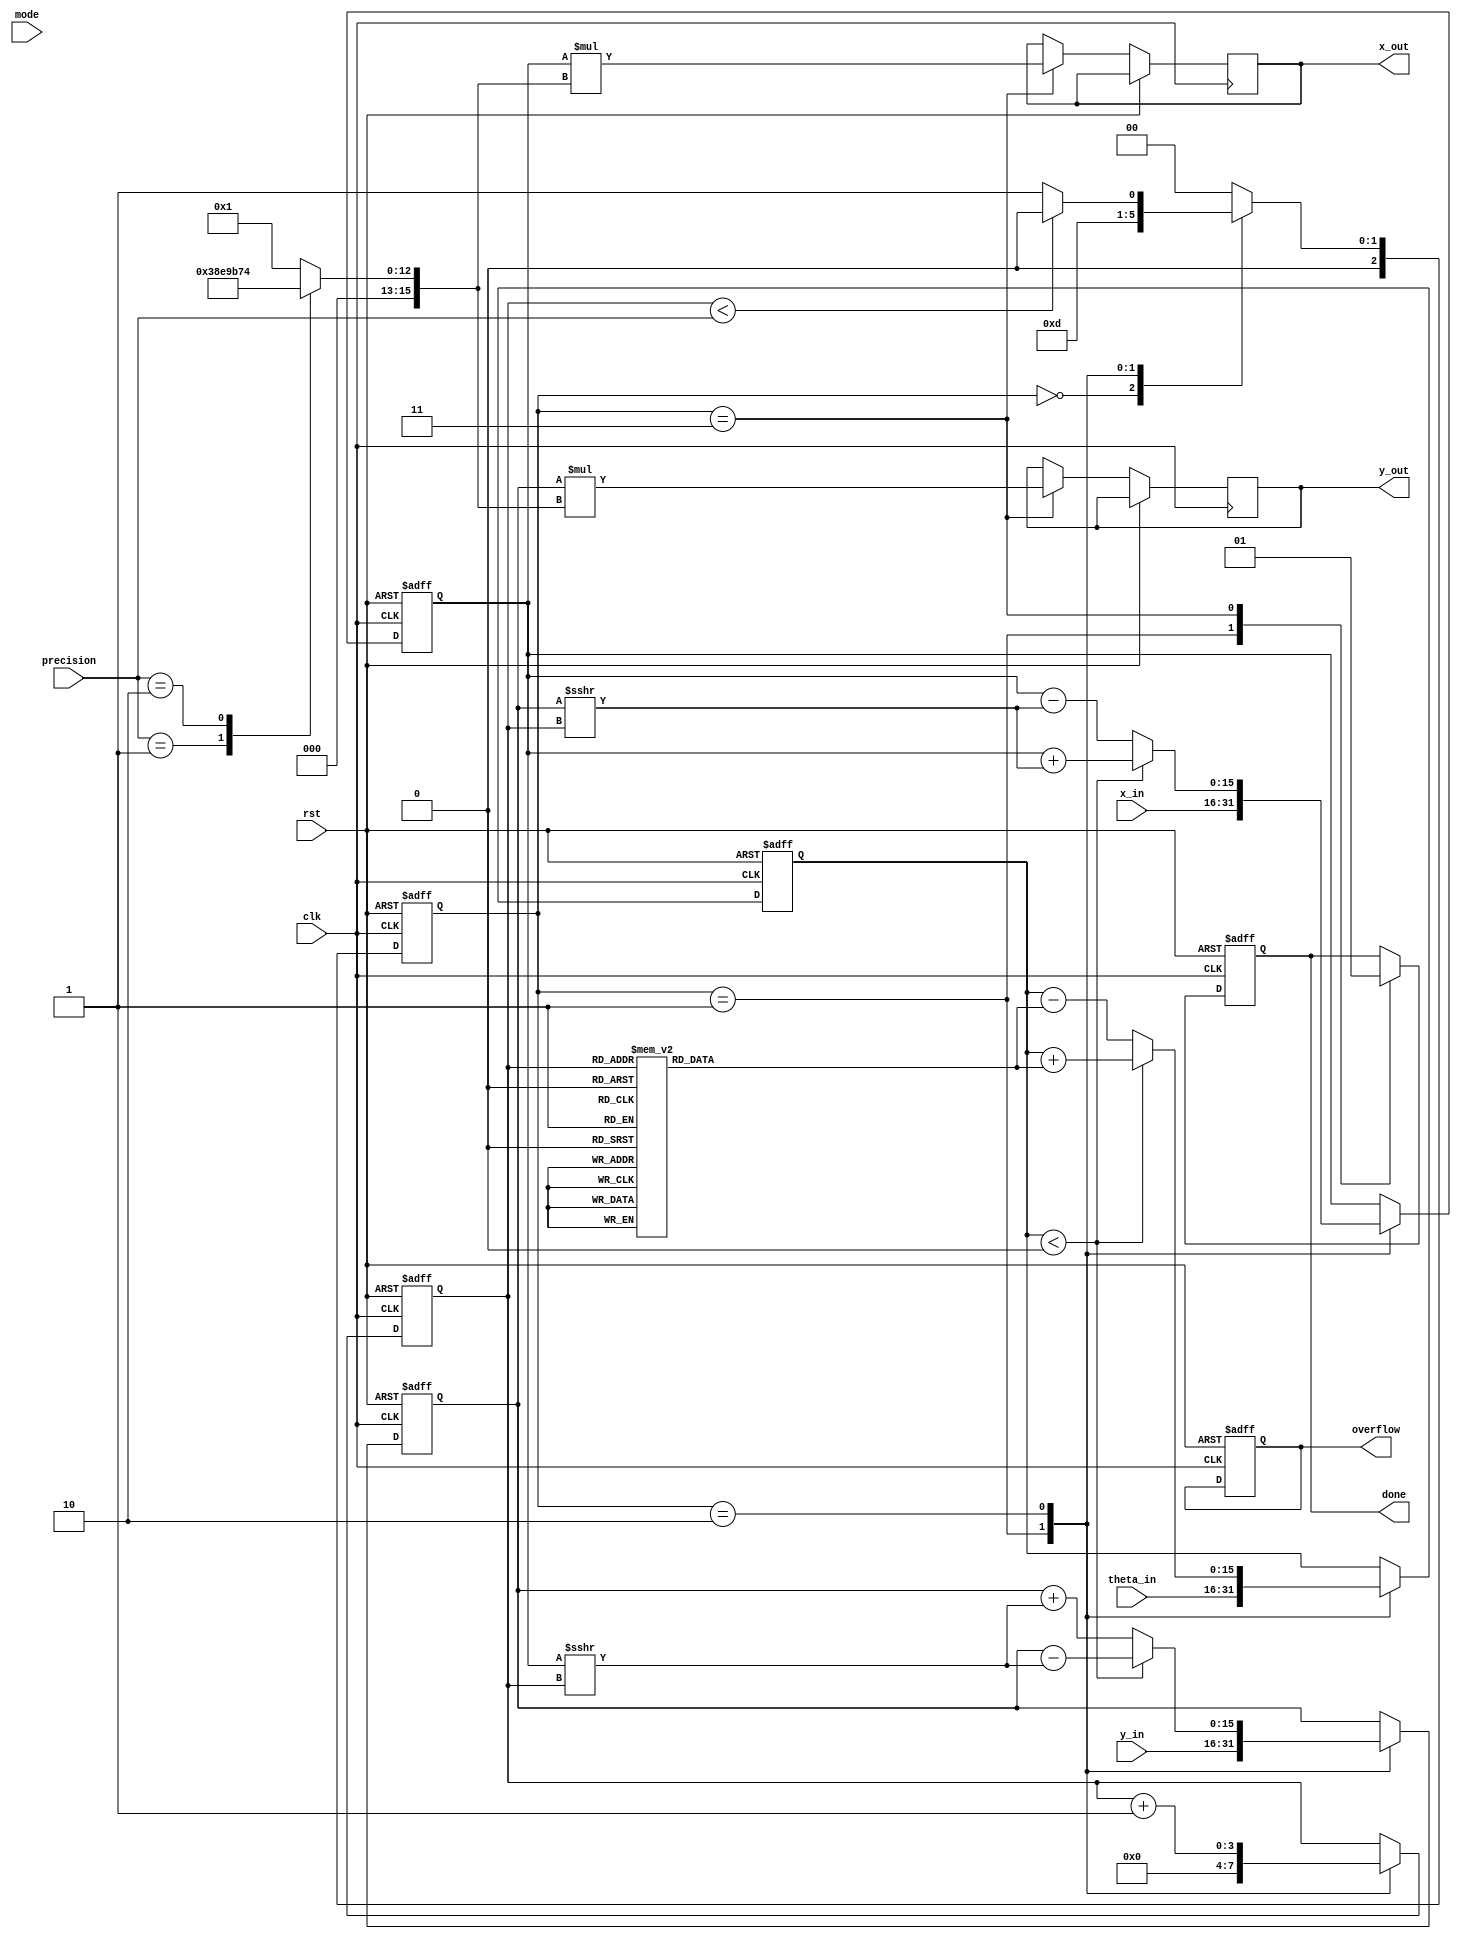
module adaptive_cordic #(
    parameter WIDTH = 16,           // Bit width for fixed-point representation
    parameter MAX_ITERATIONS = 16   // Maximum number of iterations
)(
    input wire clk,
    input wire rst,
    input wire [WIDTH-1:0] x_in,    // Input x coordinate
    input wire [WIDTH-1:0] y_in,    // Input y coordinate
    input wire [WIDTH-1:0] theta_in, // Input angle in radians
    input wire [3:0] mode,           // Mode control (e.g., sin, cos, tan, exp, log)
    input wire [3:0] precision,      // Precision control (number of iterations)
    output reg [WIDTH-1:0] x_out,    // Output x coordinate
    output reg [WIDTH-1:0] y_out,    // Output y coordinate
    output reg done,                 // Operation completion flag
    output reg overflow               // Overflow flag
);

    // Internal registers
    reg [WIDTH-1:0] x_reg, y_reg, theta_reg;
    reg [3:0] iteration_count;
    reg [WIDTH-1:0] angle_table [0:MAX_ITERATIONS-1]; // Predefined angle table
    reg [WIDTH-1:0] scaling_factor; // Scaling factor for output correction

    // CORDIC angle table initialization
    initial begin
        // Populate the angle table with arctan(1/2^i) values
        angle_table[0] = 16'h26DD; // atan(1) in fixed-point
        angle_table[1] = 16'h1C71; // atan(1/2) in fixed-point
        angle_table[2] = 16'h1387; // atan(1/4) in fixed-point
        // ... Fill in the rest of the values
    end

    // Scaling factor based on iterations (example values)
    always @(*) begin
        case (precision)
            4'd1: scaling_factor = 16'h1C74; // Scaling for 1 iteration
            4'd2: scaling_factor = 16'h1B74; // Scaling for 2 iterations
            // ... Add more cases as needed
            default: scaling_factor = 16'h1; // Default scaling
        endcase
    end

    // Control FSM
    reg [2:0] state, next_state;
    localparam IDLE = 3'b000, INIT = 3'b001, CORDIC_ITERATE = 3'b010, OUTPUT = 3'b011;

    // State transition logic
    always @(posedge clk or posedge rst) begin
        if (rst) begin
            state <= IDLE;
        end else begin
            state <= next_state;
        end
    end

    // Next state logic
    always @(*) begin
        case (state)
            IDLE: next_state = INIT;
            INIT: next_state = CORDIC_ITERATE;
            CORDIC_ITERATE: if (iteration_count < precision) next_state = CORDIC_ITERATE; else next_state = OUTPUT;
            OUTPUT: next_state = IDLE;
            default: next_state = IDLE;
        endcase
    end

    // CORDIC iteration logic
    always @(posedge clk or posedge rst) begin
        if (rst) begin
            x_reg <= 0;
            y_reg <= 0;
            theta_reg <= 0;
            iteration_count <= 0;
            done <= 0;
            overflow <= 0;
        end else begin
            case (state)
                INIT: begin
                    x_reg <= x_in;
                    y_reg <= y_in;
                    theta_reg <= theta_in;
                    iteration_count <= 0;
                    done <= 0;
                end
                CORDIC_ITERATE: begin
                    // Perform the CORDIC iteration
                    if (theta_reg < 0) begin
                        x_reg <= x_reg + (y_reg >>> iteration_count);
                        y_reg <= y_reg - (x_reg >>> iteration_count);
                        theta_reg <= theta_reg + angle_table[iteration_count];
                    end else begin
                        x_reg <= x_reg - (y_reg >>> iteration_count);
                        y_reg <= y_reg + (x_reg >>> iteration_count);
                        theta_reg <= theta_reg - angle_table[iteration_count];
                    end
                    iteration_count <= iteration_count + 1;
                end
                OUTPUT: begin
                    x_out <= x_reg * scaling_factor;
                    y_out <= y_reg * scaling_factor;
                    done <= 1;
                end
            endcase
        end
    end

endmodule